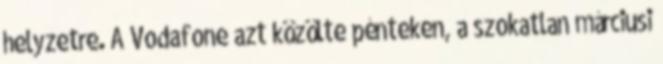
helyzetre. A Vodafone azt közölte pénteken, a szokatlan márciusi